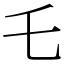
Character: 乇